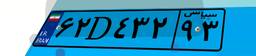
۶۲D۴۳۲۹۳